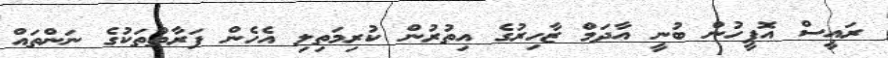
ރައީސް އޮފީހުން ބުނީ އާދަމް ޒާހިރުގެ އިތުރުން ކުރިމަތިލި އެހެން ފަރާތްތަކުގެ ނަންތައް